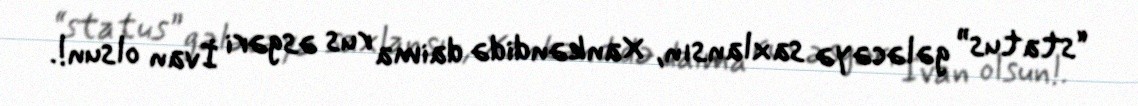
“status” gələcəyə saxlansın, Xankəndidə daima rus əsgəri İvan olsun!.